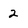
Character: 2